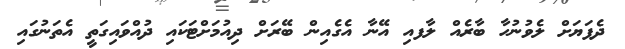
ދެފަޔަށް ލެވުނުހާ ބާރެއް ލާފއި އޭނާ އެގެއިން ބޭރަށް ދިއުމަށްޓަކައި ދުއްވައިގަތީ އެތަނުގައި